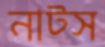
নাট্স